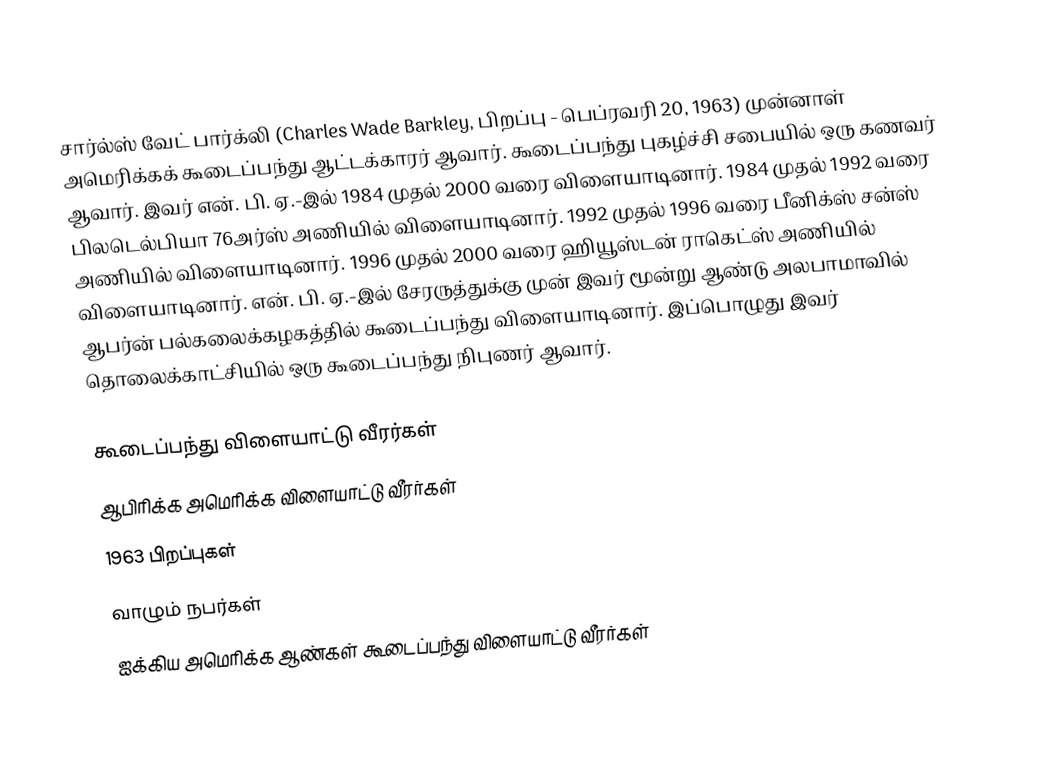
சார்ல்ஸ் வேட் பார்க்லி (Charles Wade Barkley, பிறப்பு - பெப்ரவரி 20, 1963) முன்னாள் அமெரிக்கக் கூடைப்பந்து ஆட்டக்காரர் ஆவார். கூடைப்பந்து புகழ்ச்சி சபையில் ஒரு கணவர் ஆவார். இவர் என். பி. ஏ.-இல் 1984 முதல் 2000 வரை விளையாடினார். 1984 முதல் 1992 வரை பிலடெல்பியா 76அர்ஸ் அணியில் விளையாடினார். 1992 முதல் 1996 வரை பீனிக்ஸ் சன்ஸ் அணியில் விளையாடினார். 1996 முதல் 2000 வரை ஹியூஸ்டன் ராகெட்ஸ் அணியில் விளையாடினார். என். பி. ஏ.-இல் சேரருத்துக்கு முன் இவர் மூன்று ஆண்டு அலபாமாவில் ஆபர்ன் பல்கலைக்கழகத்தில் கூடைப்பந்து விளையாடினார். இப்பொழுது இவர் தொலைக்காட்சியில் ஒரு கூடைப்பந்து நிபுணர் ஆவார்.

கூடைப்பந்து விளையாட்டு வீரர்கள்
ஆபிரிக்க அமெரிக்க விளையாட்டு வீரர்கள்
1963 பிறப்புகள்
வாழும் நபர்கள்
ஐக்கிய அமெரிக்க ஆண்கள் கூடைப்பந்து விளையாட்டு வீரர்கள்